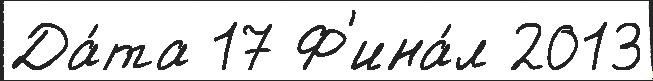
Да́та 17 Ф'ина́л 2013